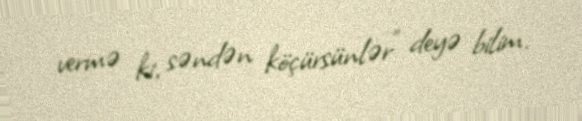
vermə ki, səndən köçürsünlər” deyə bilim.